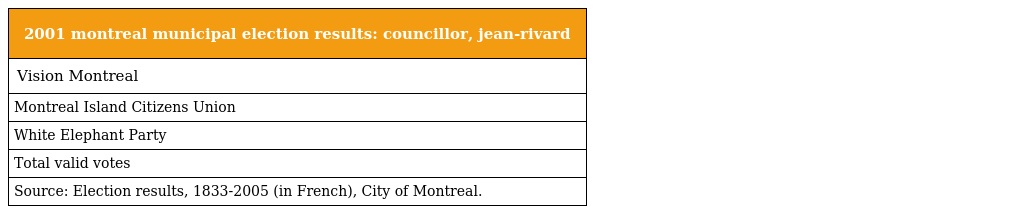
| 2001 montreal municipal election results: councillor, jean-rivard |
 | --- |
 | Vision Montreal |
 | Montreal Island Citizens Union |
 | White Elephant Party |
 | Total valid votes |
 | Source: Election results, 1833-2005 (in French), City of Montreal. |